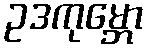
ဥဒကုမ္ဘော